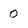
Character: O